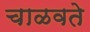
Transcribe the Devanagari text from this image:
चाळवते